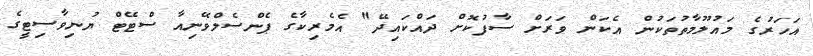
އަހަރުގެ މައުލޫމާތުތަކުން އެކަން ވަރަށް ސާފުކޮށް ދައްކައިދޭ" އެމެރިކާގެ ޕެންސެލްވޭނިއާ ސްޓޭޓް ޔުނިވާސިޓީގެ